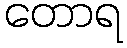
တောရ